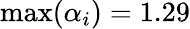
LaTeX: \operatorname*{max}(\alpha_{i})=1.29